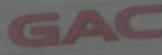
GAC